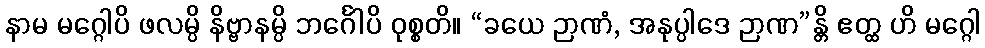
နာမ မဂ္ဂေါပိ ဖလမ္ပိ နိဗ္ဗာနမ္ပိ ဘင်္ဂေါပိ ဝုစ္စတိ။ “ခယေ ဉာဏံ, အနုပ္ပါဒေ ဉာဏ”န္တိ ဧတ္ထ ဟိ မဂ္ဂေါ